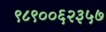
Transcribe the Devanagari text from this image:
९८९००६२३५७